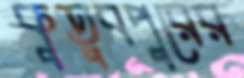
কুতুবপুরের